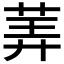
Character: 𰱂